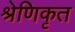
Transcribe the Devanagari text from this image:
श्रेणिकृत